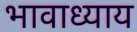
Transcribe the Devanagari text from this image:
भावाध्याय